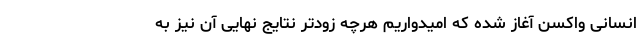
انسانی واکسن آغاز شده که امیدواریم هرچه زودتر نتایج نهایی آن نیز به